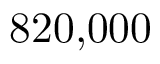
8 2 0 { , } 0 0 0